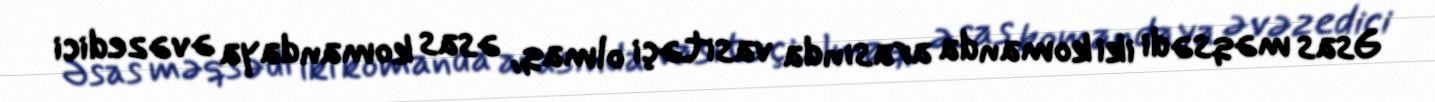
Əsas məqsədi iki komanda arasında vasitəçi olmaq, əsas komandaya əvəzedici